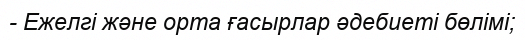
- Ежелгі және орта ғасырлар әдебиеті бөлімі;